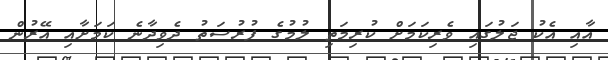
އާއި އެކު ޖަލުގައި ވެރިކަމަށް ކުރިމަތި ލުމުގެ ފުރުސަތު ދެވިދާނެ ކަމަށާއި އޭރުން